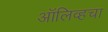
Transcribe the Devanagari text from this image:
ऑलिव्हचा